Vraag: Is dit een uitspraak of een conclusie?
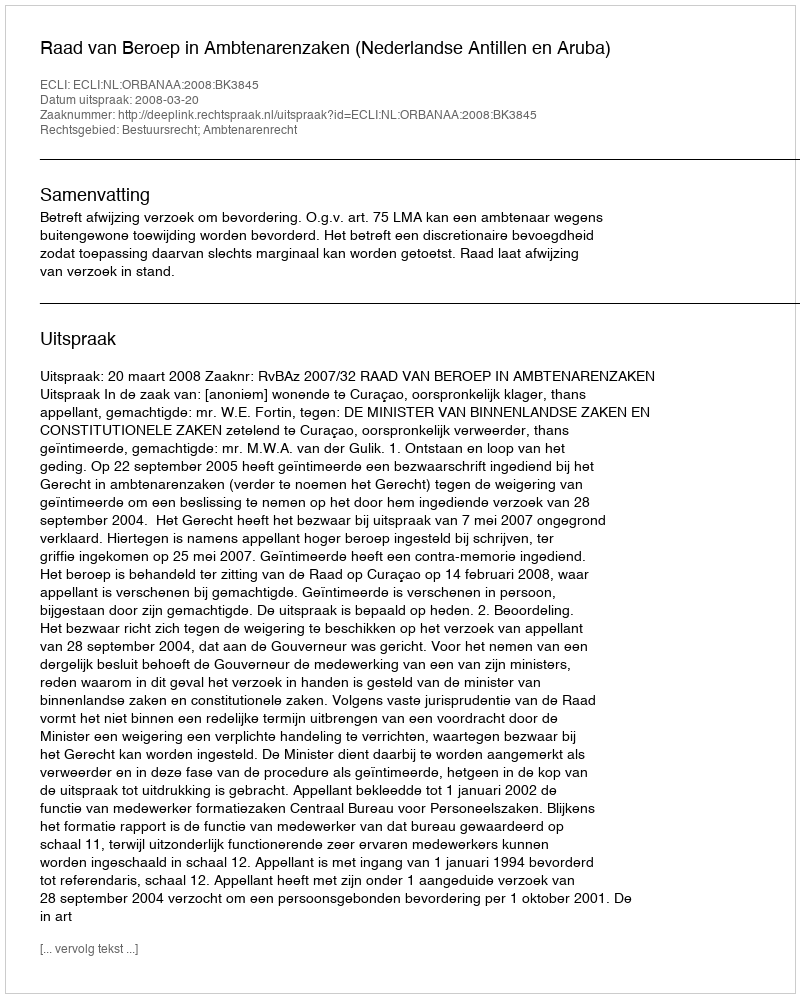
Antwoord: Uitspraak